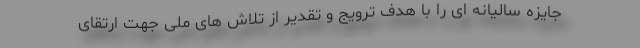
جایزه سالیانه ای را با هدف ترویج و تقدیر از تلاش های ملی جهت ارتقای